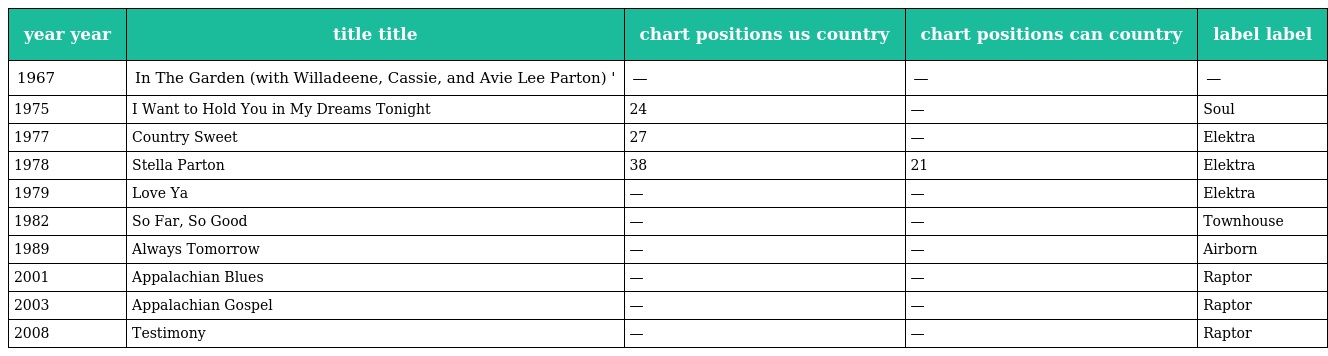
| year year | title title | chart positions us country | chart positions can country | label label |
 | --- | --- | --- | --- | --- |
 | 1967 | In The Garden (with Willadeene, Cassie, and Avie Lee Parton) ' | — | — | — |
 | 1975 | I Want to Hold You in My Dreams Tonight | 24 | — | Soul |
 | 1977 | Country Sweet | 27 | — | Elektra |
 | 1978 | Stella Parton | 38 | 21 | Elektra |
 | 1979 | Love Ya | — | — | Elektra |
 | 1982 | So Far, So Good | — | — | Townhouse |
 | 1989 | Always Tomorrow | — | — | Airborn |
 | 2001 | Appalachian Blues | — | — | Raptor |
 | 2003 | Appalachian Gospel | — | — | Raptor |
 | 2008 | Testimony | — | — | Raptor |